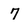
Character: 7